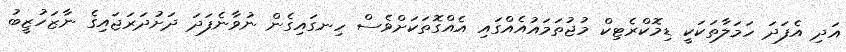
އަދި އެފަދަ ހަމަލާތަކަކީ ޑިމޮކްރެޓިކް މުޖުތަމައުއެއްގައި އެއްގޮތަކަށްވެސް ހިނގައިގެން ނުވާނެފަދަ ދަށުދަރަޖައިގެ ނާޒަހުޒީބު